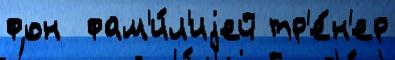
фон  фам'и́л'иjей тр'е́н'ер